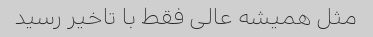
مثل همیشه عالی فقط با تاخیر رسید